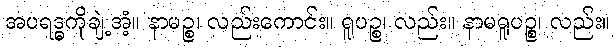
အပရဒ္ဓကိုချဲ့အံ့။ နာမဉ္စ၊ လည်းကောင်း။ ရူပဉ္စ၊ လည်း။ နာမရူပဉ္စ၊ လည်း။